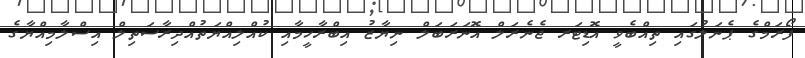
ފޯރަމްގެ ޕެނަލުގައި ތިއްބެވީ އޮޑިޓަރ ޖެނެރަލް އޮނަރަބަލް ނިޔާޒު އިބްރާހީމާއި ކުއްލިއްޔަތުއްދިރާސަތިލް އިސްލާމިއްޔާގެ